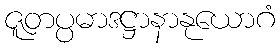
ဇူတပ္ပမာဒဋ္ဌာနာနုယောဂံ